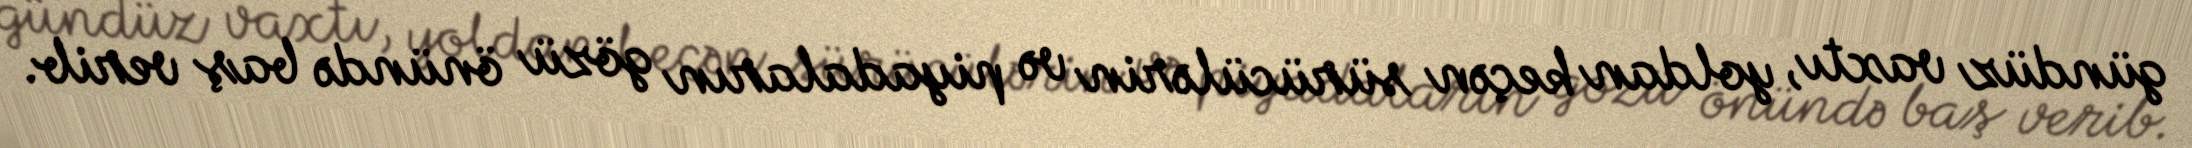
gündüz vaxtı, yoldan keçən sürücülərin və piyadaların gözü önündə baş verib.